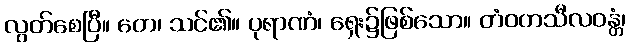
လွတ်စေပြီ။ တေ၊ သင်၏။ ပုရာဏံ၊ ရှေး၌ဖြစ်သော။ တံဝတသီလဝန္တံ၊